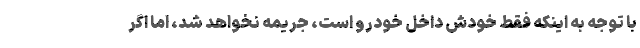
با توجه به اینکه فقط خودش داخل خودرو است، جریمه نخواهد شد، اما اگر